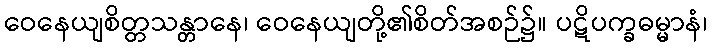
ဝေနေယျစိတ္တသန္တာနေ၊ ဝေနေယျတို့၏စိတ်အစဉ်၌။ ပဋိပက္ခဓမ္မာနံ၊